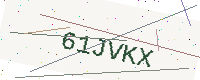
Text: 61JVKX